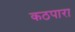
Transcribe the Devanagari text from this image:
कठपारा